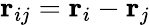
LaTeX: \textbf{r}_{ij}=\textbf{r}_{i}-\textbf{r}_{j}